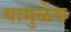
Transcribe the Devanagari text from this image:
यामुळेंच